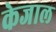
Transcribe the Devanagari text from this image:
केजाल